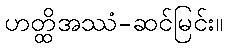
ဟတ္ထိအဿံ-ဆင်မြင်း။